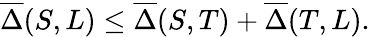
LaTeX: \overline{{\Delta}}(S,L)\leq\overline{{\Delta}}(S,T)+\overline{{\Delta}}(T,L).